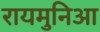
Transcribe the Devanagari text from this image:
रायमुनिआ